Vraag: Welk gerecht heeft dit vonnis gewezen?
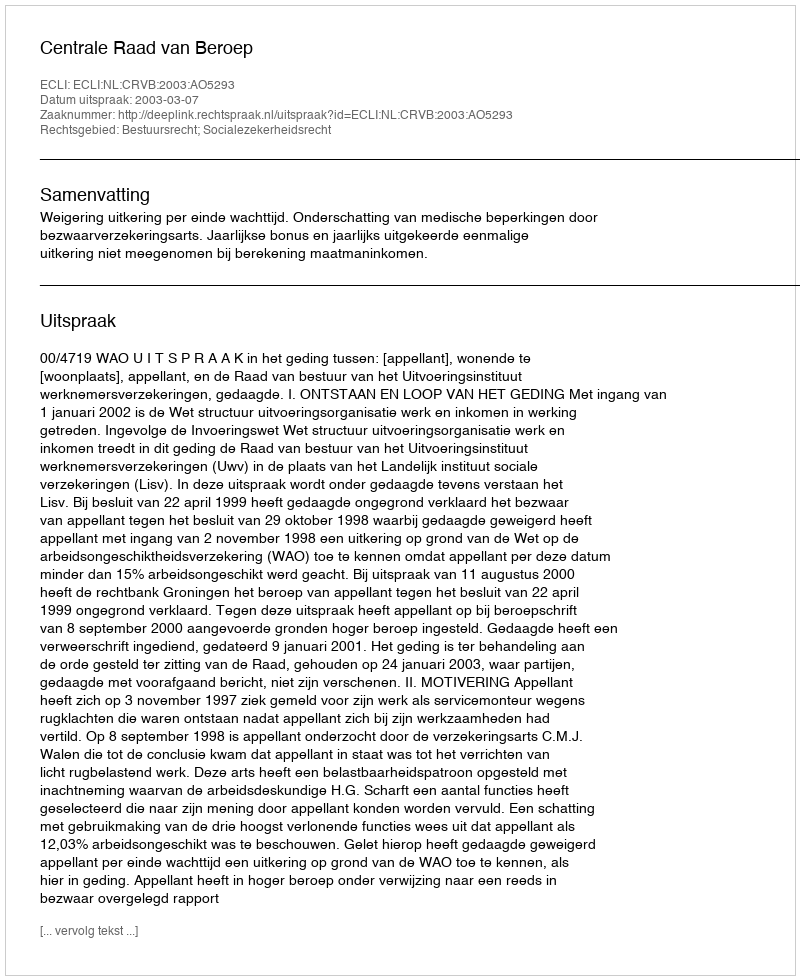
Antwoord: Centrale Raad van Beroep